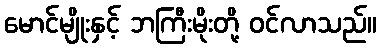
မောင်မျိုးနှင့် ဘကြီးမိုးတို့ ဝင်လာသည်။